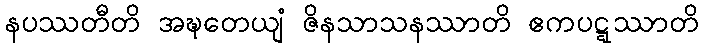
နပဿတီတိ အဍ္ဎတေယျံ ဇိနသာသနဿာတိ ဧကပဋ္ဋဿာတိ